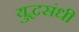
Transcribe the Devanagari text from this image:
युद्धसंधी